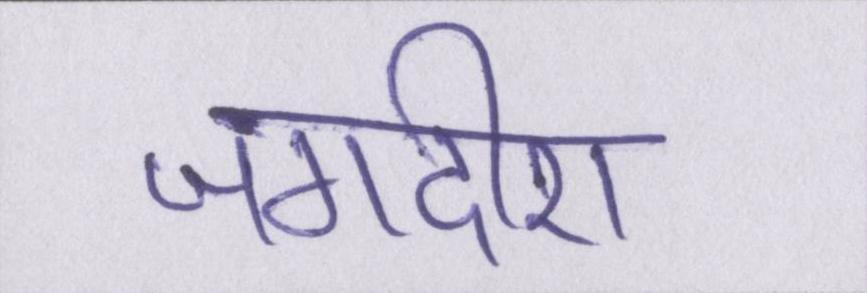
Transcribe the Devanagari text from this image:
जगदीश